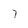
Character: 7